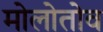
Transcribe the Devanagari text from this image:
मोलोतोव